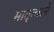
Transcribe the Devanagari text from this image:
मातृत्वाने